Vaccination in Bombay 1924-1928 - 1924-1928
Year: 1924
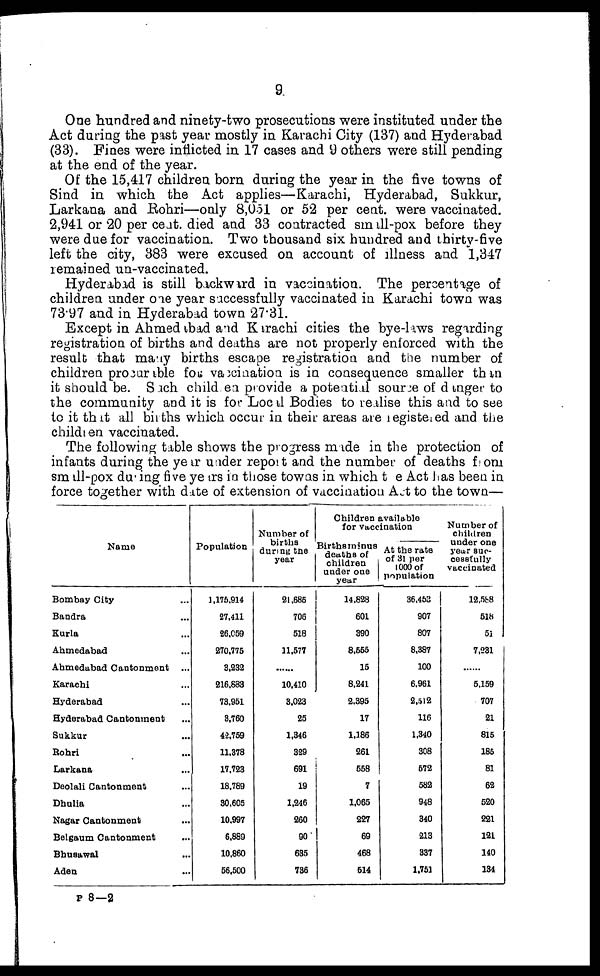
9
One hundred and ninety-two prosecutions were instituted under the
Act during the past year mostly in Karachi City (137) and Hyderabad
(33). Fines were inflicted in 17 cases and 9 others were still pending
at the end of the year.
Of the 15,417 children born during the year in the five towns of
Sind in which the Act applies—Karachi, Hyderabad, Sukkur,
Larkana and Rohri—only 8,051 or 52 per cent. were vaccinated.
2,941 or 20 per cent. died and 33 contracted small-pox before they
were due for vaccination. Two thousand six hundred and thirty-five
left the city, 383 were excused on account of illness and 1,347
remained un-vaccinated.
Hyderabad is still backward in vaccination. The percentage of
children under one year successfully vaccinated in Karachi town was
73.97 and in Hyderabad town 27.31.
Except in Ahmedabad and Karachi cities the bye-laws regarding
registration of births and deaths are not properly enforced with the
result that many births escape registration and the number of
children procurable for vaccination is in consequence smaller than
it should be. Such children provide a potential source of danger to
the community and it is for Local Bodies to realise this and to see
to it that all births which occur in their areas are registered and the
children vaccinated.
The following table shows the progress made in the protection of
infants during the year under report and the number of deaths from
small-pox during five years in those towns in which the Act has been in
force together with date of extension of vaccination Act to the town—
Name
Bombay City ...
Bandra ...
Kurla ...
Ahmedabad ...
Ahmedabad Cantonment ...
Karachi ...
Hyderabad ...
Hyderabad Cantonment ...
Sukkur ...
Bohri ...
Larkana ...
Deolali Cantonment ...
Dhulia ...
Nagar Cantonment ...
Belgaum Cantonment ...
Bhusawal ...
Aden ...
Population
1,175,914
27,411
26,059
270,775
3,232
216,883
73,951
3,760
42,759
11,378
17,723
18,789
30,605
10,997
6,889
10,860
56,500
Number of
births
during the
year
21,685
706
518
11,577
...
10,410
3,023
25
1,346
329
691
19
1,246
260
90
635
736
Children available
for vaccination
Births minus
deaths of
children
under one
year
14,828
601
390
8,555
15
8,241
2,395
17
1,186
261
558
7
1,065
227
69
468
514
At the rate
of 31 per
1000 of
population
36,453
907
807
8,387
100
6,961
2,512
116
1,340
308
572
582
948
340
213
337
1,751
Number of
children
under one
year suc-
cessfully
vaccinated
12,5588
518
51
7,231
......
5,159
707
21
815
185
81
62
520
221
121
140
134
P 8—2